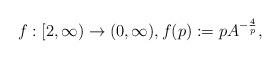
LaTeX: \begin{align*} f:[2,\infty)\to (0,\infty), f(p) := p A^{-\frac{4}p},\end{align*}